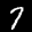
Label: 7